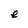
Character: e